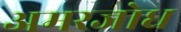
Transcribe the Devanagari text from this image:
अमरजोध